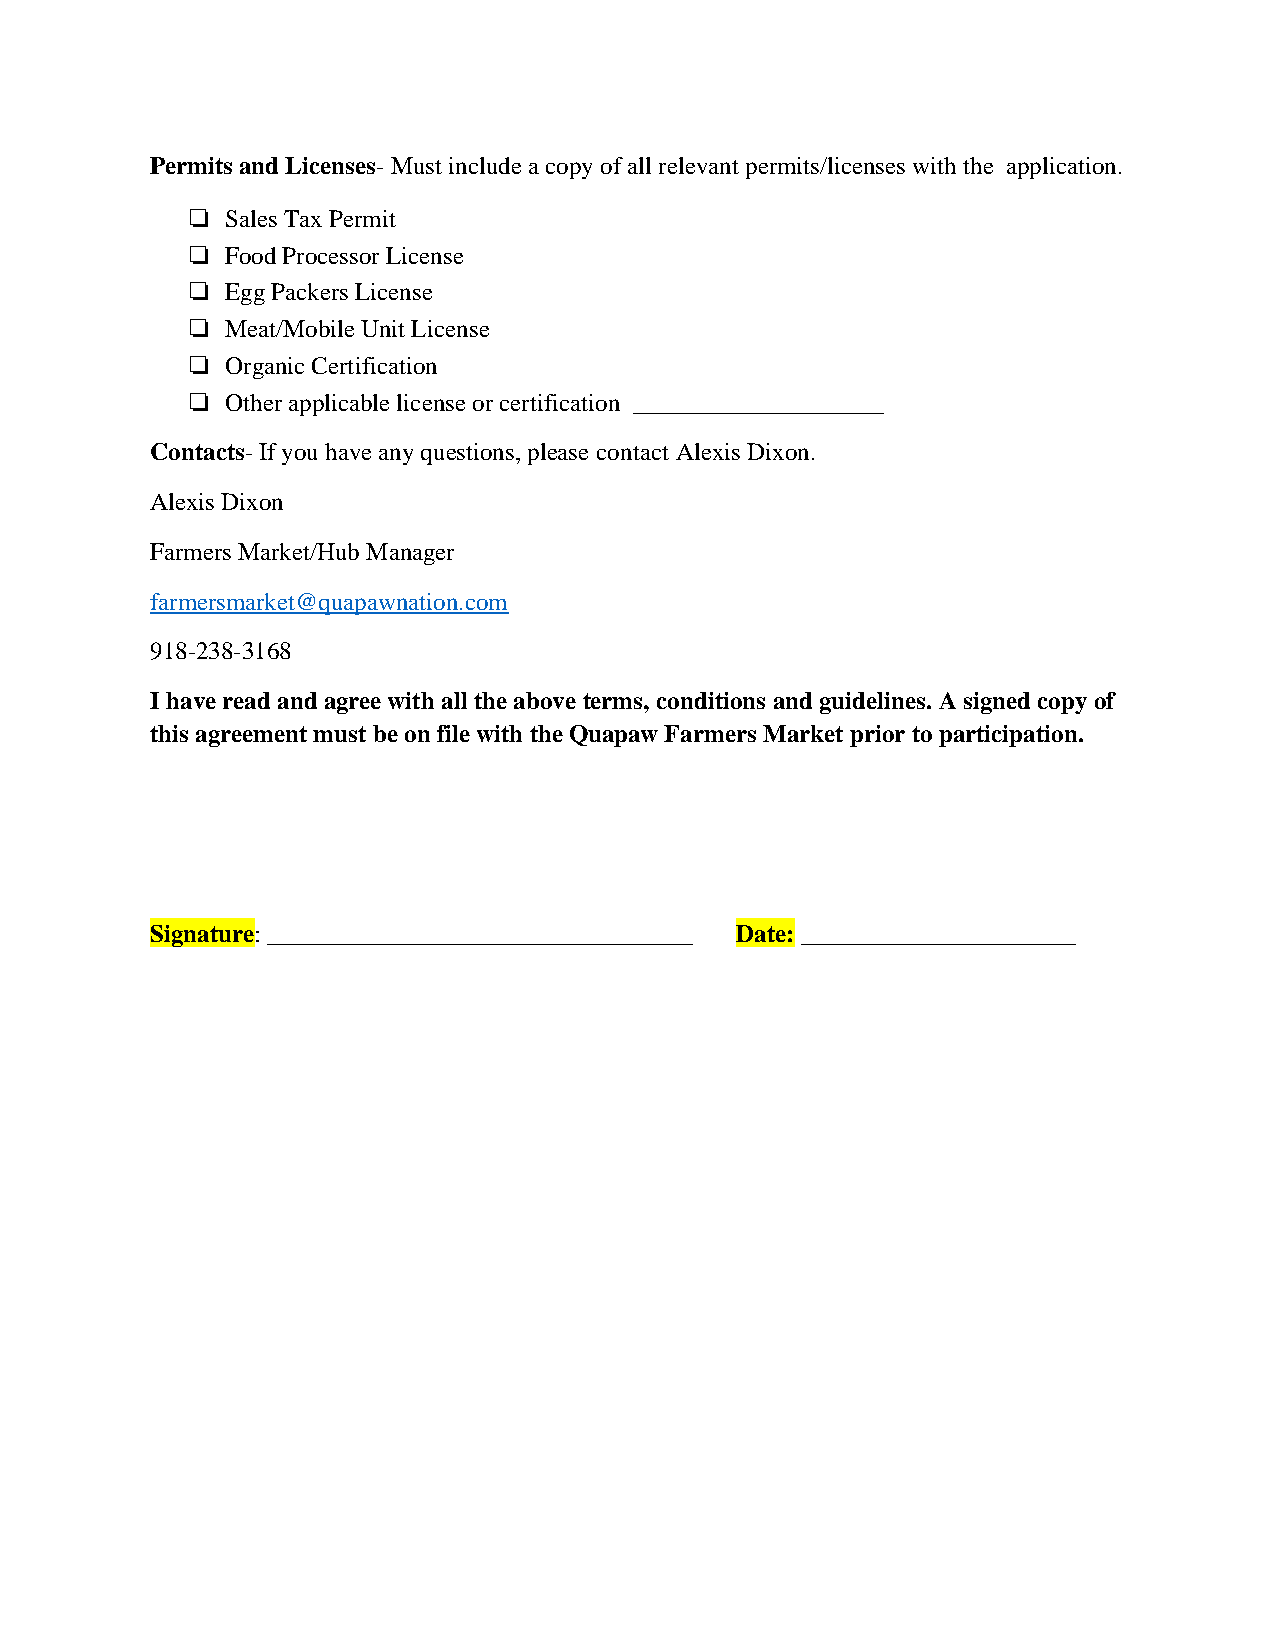
Permits and Licenses- Must include a copy of all relevant permits/licenses with the application.
 ❏  Sales Tax Permit
 ❏  Food Processor License
 ❏  Egg Packers License
 ❏  Meat/Mobile Unit License
 ❏  Organic Certification
 ❏  Other applicable license or certification ____________________
 Contacts- If you have any questions, please contact Alexis Dixon.
 Alexis Dixon
 Farmers Market/Hub Manager
 farmersmarket@quapawnation.com
 918-238-3168
 I have read and agree with all the above terms, conditions and guidelines. A signed copy of
 this agreement must be on file with the Quapaw Farmers Market prior to participation.
 Signature: __________________________________ Date: ______________________